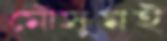
মৌসুমই